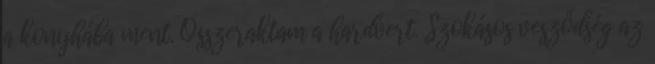
a konyhába ment. Összeraktam a hardvert. Szokásos vesződség az